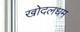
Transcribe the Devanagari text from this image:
खोदलधम